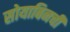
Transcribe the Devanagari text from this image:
सोयाबिनची